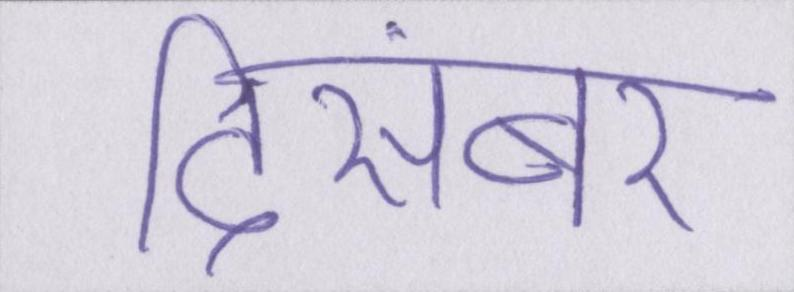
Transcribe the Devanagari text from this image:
दिसंबर